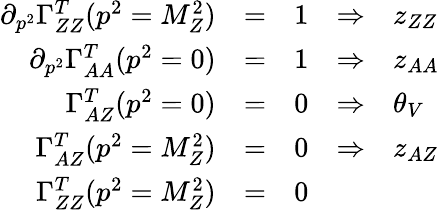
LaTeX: \begin{array}{rcccl}{{\partial_{p^{2}}\Gamma_{ZZ}^{T}(p^{2}=M_{Z}^{2})}}&{{=}}&{{1}}&{{\Rightarrow}}&{{z_{ZZ}}}\\ {{\partial_{p^{2}}\Gamma_{AA}^{T}(p^{2}=0)}}&{{=}}&{{1}}&{{\Rightarrow}}&{{z_{AA}}}\\ {{\Gamma_{AZ}^{T}(p^{2}=0)}}&{{=}}&{{0}}&{{\Rightarrow}}&{{\theta_{V}}}\\ {{\Gamma_{AZ}^{T}(p^{2}=M_{Z}^{2})}}&{{=}}&{{0}}&{{\Rightarrow}}&{{z_{AZ}}}\\ {{\Gamma_{ZZ}^{T}(p^{2}=M_{Z}^{2})}}&{{=}}&{{0}}&{{}}&{{}}\end{array}